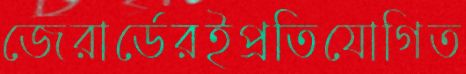
জেরার্ডেরইপ্রতিযোগিত